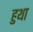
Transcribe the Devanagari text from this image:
हुथा